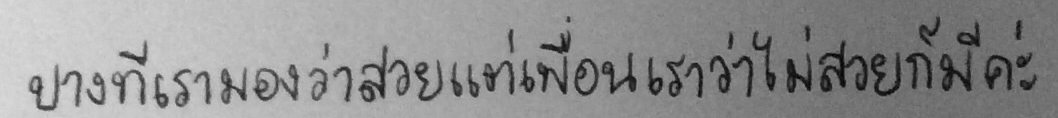
บางทีเรามองว่าสวยแต่เพื่อนเราว่าไม่สวยก็มีค่ะ